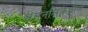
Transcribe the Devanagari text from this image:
श्वसनलिकेतील